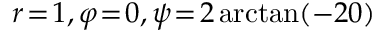
r \! = \! 1 , \varphi \! = \! 0 , \psi \! = \! 2 \arctan ( - 2 0 )